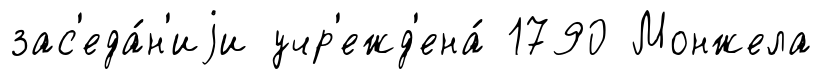
зас'еда́н'иjи учр'ежд'ена́ 1790 Монжела